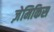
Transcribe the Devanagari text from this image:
ज़ेमिकिस